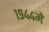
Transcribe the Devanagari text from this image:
१९४४में